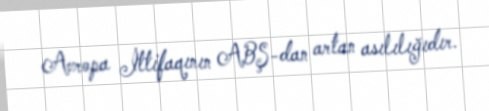
Avropa İttifaqının ABŞ-dan artan asılılığıdır.